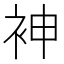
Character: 𫋵